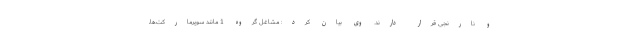
و نارنجی قرار دارند. وی بیان کرد: مشاغل گروه 1 مانند سوپرمارکت‌ها،